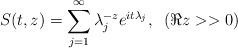
LaTeX: \begin{align*} S(t, z) = \sum_{j = 1}^{\infty} \lambda_j^{-z} e^{i t \lambda_j}, \;\; (\Re z >> 0)\end{align*}